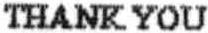
THANK YOU